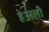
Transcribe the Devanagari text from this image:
हेअली